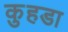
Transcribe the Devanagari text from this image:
कुहडा